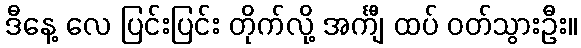
ဒီနေ့ လေ ပြင်းပြင်း တိုက်လို့ အင်္ကျီ ထပ် ဝတ်သွားဦး။